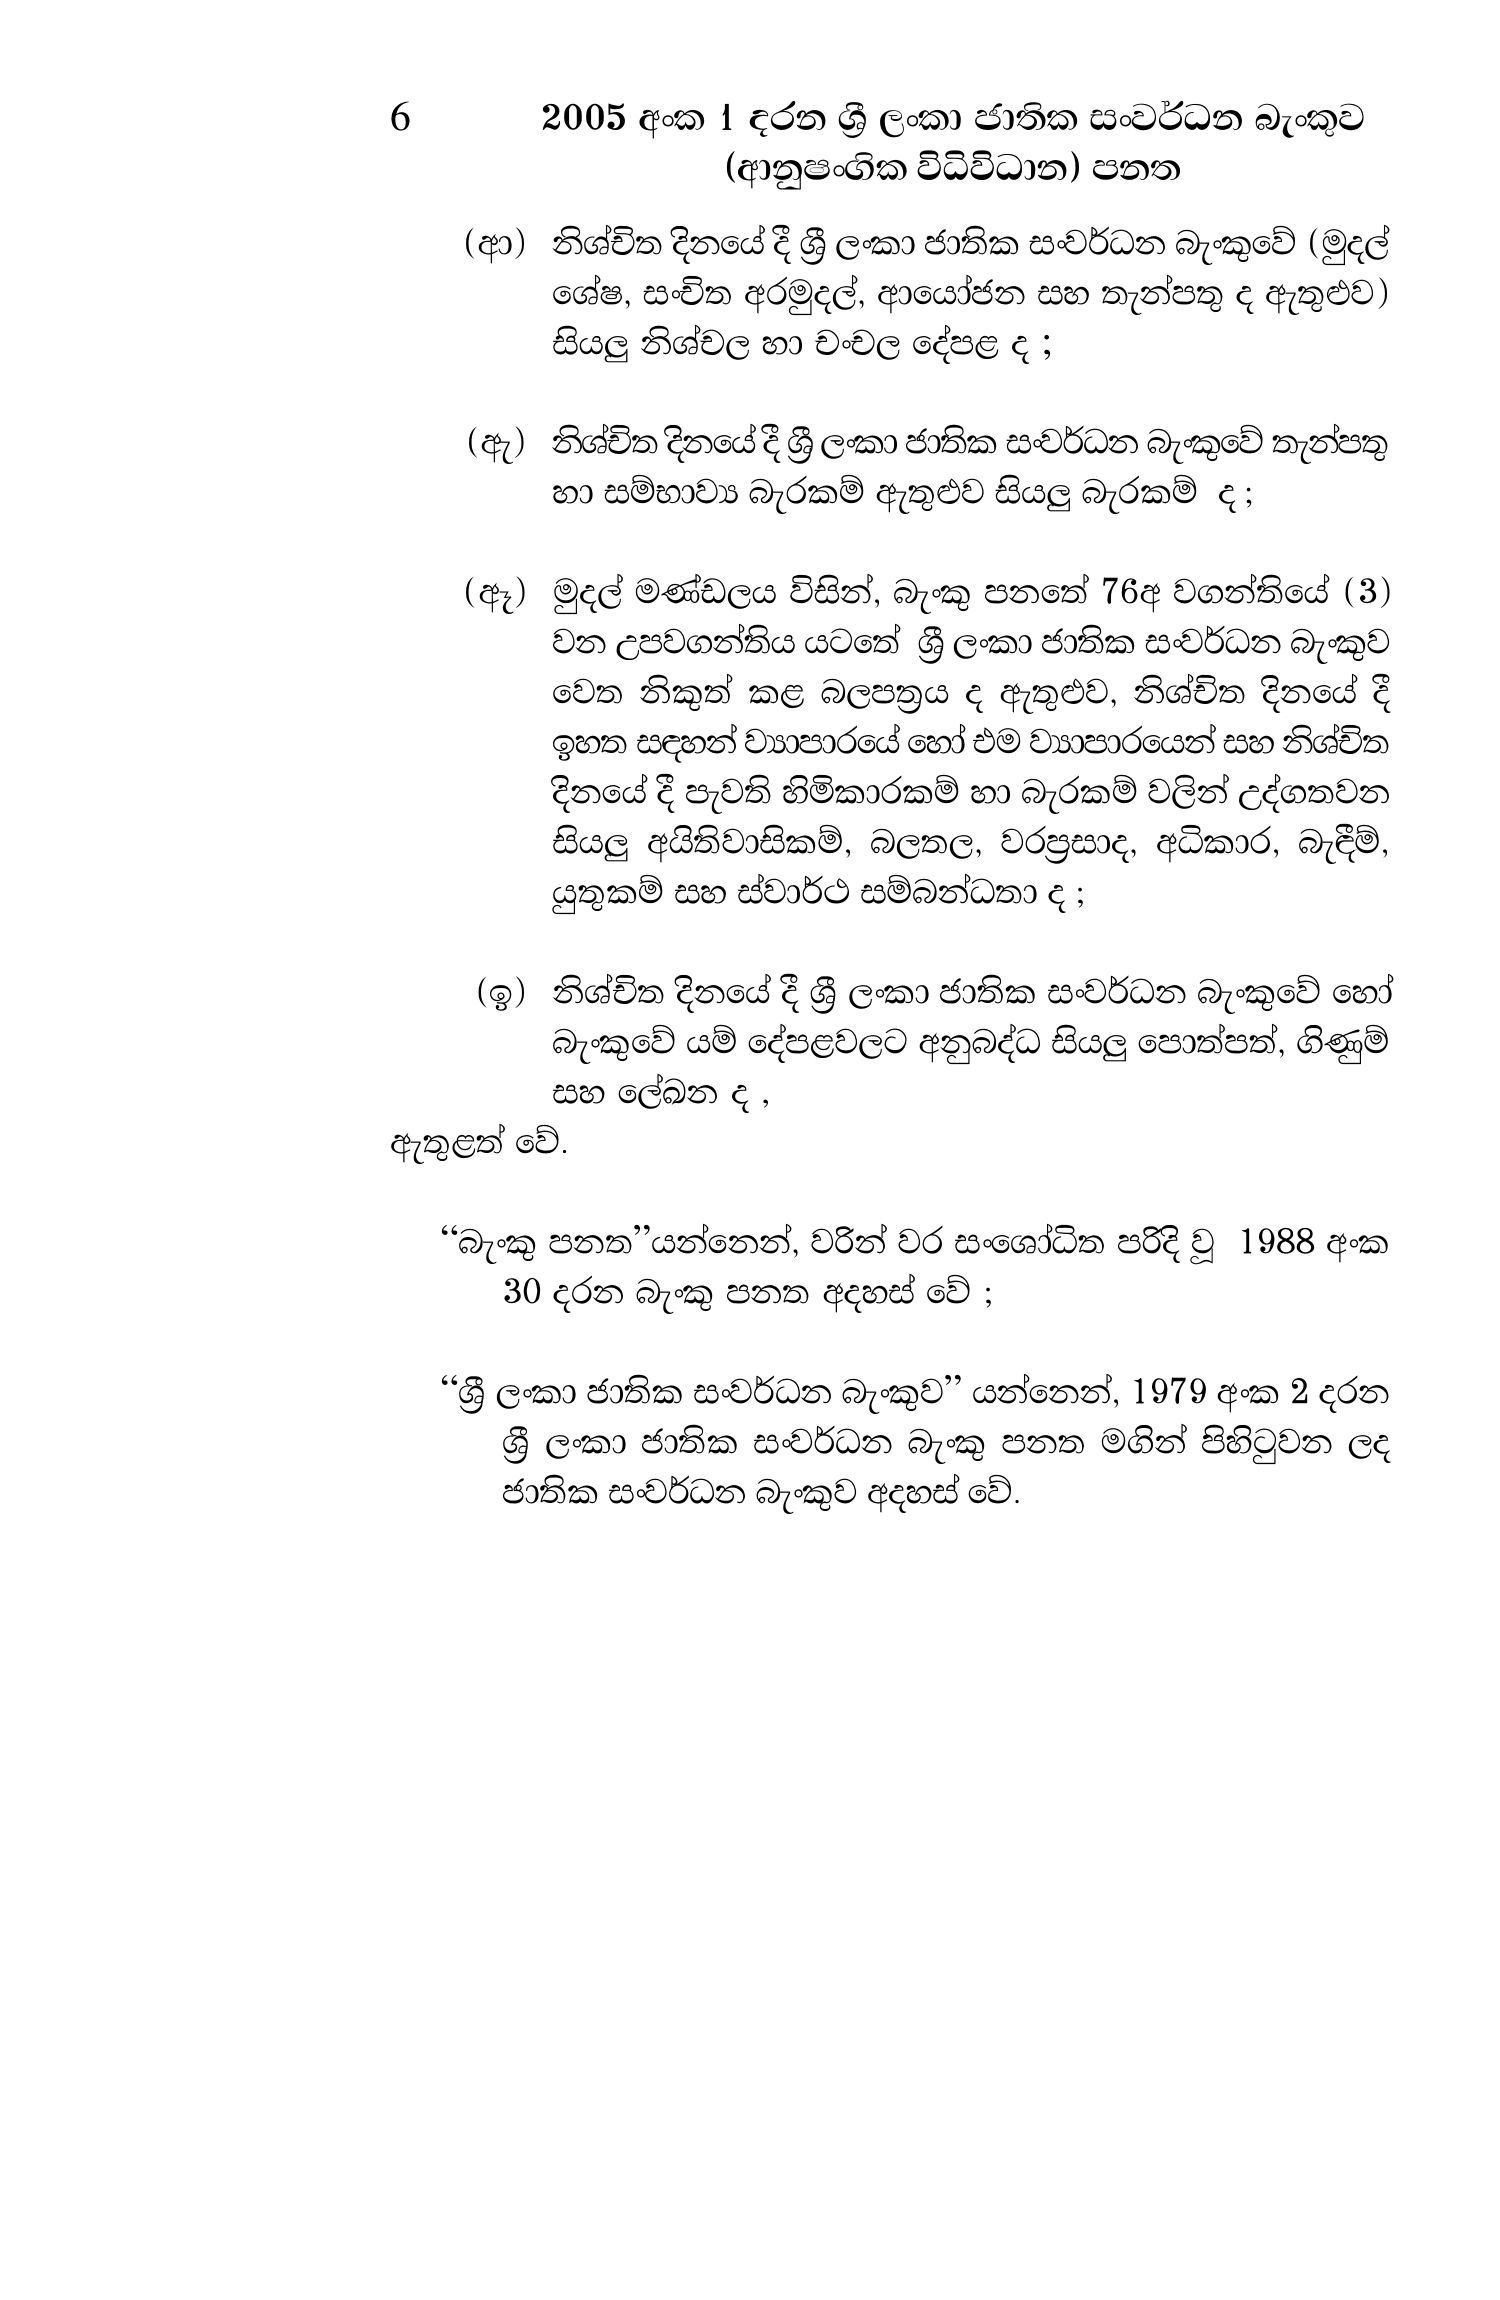
6 2005 අංක 1 දරන ශ්‍රී ලංකා ජාතික සංවර්ධන බැංකුව
(ආනුෂංගික විධිවිධාන) පනත

(ආ) නිශ්චිත දිනයේ දී ශ්‍රී ලංකා ජාතික සංවර්ධන බැංකුවේ (මුදල්
ශේෂ, සංචිත අරමුදල්, ආයෝජන සහ තැන්පතු ද ඇතුළුව)
සියලු නිශ්චල හා චංචල දේපළ ද ;

(ඇ) නිශ්චිත දිනයේදී ශ්‍රී ලංකා ජාතික සංවර්ධන බැංකුවේ තැන්පතු
හා සම්භාව්‍ය බැරකම් ඇතුළුව සියලු බැරකම් ද;

(ඈ) මුදල් මණ්ඩලය විසින්, බැංකු පනතේ 76අ වගන්තියේ (3)
වන උපවගන්තිය යටතේ ශ්‍රී ලංකා ජාතික සංවර්ධන බැංකුව
වෙත නිකුත් කළ බලපත්‍රය ද ඇතුළුව, නිශ්චිත දිනයේ දී
ඉහත සඳහන් ව්‍යාපාරයේ හෝ එම ව්‍යාපාරයෙන් සහ නිශ්චිත
දිනයේ දී පැවති හිමිකාරකම් හා බැරකම් වලින් උද්ගතවන
සියලු අයිතිවාසිකම්, බලතල, වරප්‍රසාද, අධිකාර, බැඳීම්,
යුතුකම් සහ ස්වාර්ථ සම්බන්ධතා ද ;

(ඉ) නිශ්චිත දිනයේ දී ශ්‍රී ලංකා ජාතික සංවර්ධන බැංකුවේ හෝ
බැංකුවේ යම් දේපළවලට අනුබද්ධ සියලු පොත්පත්, ගිණුම්
සහ ලේඛන ද ,

ඇතුළත් වේ.

“බැංකු පනත”යන්නෙන්, වරින් වර සංශෝධිත පරිදි වූ 1988 අංක
30 දරන බැංකු පනත අදහස් වේ ;

“ශ්‍රී ලංකා ජාතික සංවර්ධන බැංකුව” යන්නෙන්, 1979 අංක 2 දරන
ශ්‍රී ලංකා ජාතික සංවර්ධන බැංකු පනත මගින් පිහිටුවන ලද
ජාතික සංවර්ධන බැංකුව අදහස් වේ.